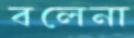
বলেনা